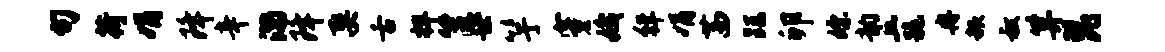
句荷娟降辛满降娶舌捍筐世竽穿娥徉娟茜距卯嫖韵丘跪冉赧叔算琵